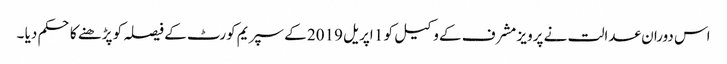
اس دوران عدالت نے پرویز مشرف کے وکیل کو 1 اپریل 2019 کے سپریم کورٹ کے فیصلہ کو پڑھنے کا حکم دیا ۔